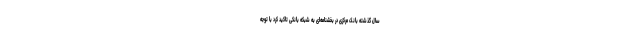
سال گذشته بانک مرکزی در بخشنامه‌ای به شبکه بانکی تاکید کرد با توجه